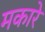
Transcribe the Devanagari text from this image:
मकारे